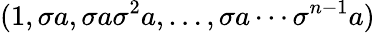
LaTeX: (1,\sigma a,\sigma a\sigma^{2}a,\ldots,\sigma a\cdots\sigma^{n-1}a)